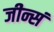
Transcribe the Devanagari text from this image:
जीन्सं